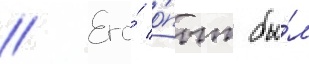
// Его́ о́пыт бы́л